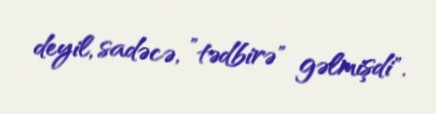
deyil, sadəcə, ”tədbirə" gəlmişdi".